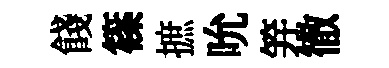
餞篠摭吮笄徹